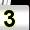
Digit: 3